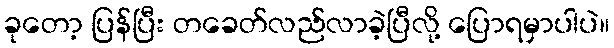
ခုတော့ ပြန်ပြီး တခေတ်လည်လာခဲ့ပြီလို့ ပြောရမှာပါပဲ။